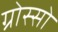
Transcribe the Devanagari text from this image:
ग्रोस्सो